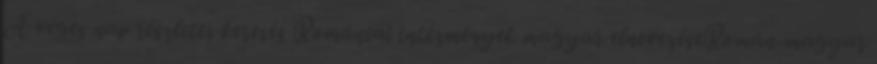
A véges nap részletes keresés Romániai intézmények magyar elnevezéseRomán-magyar